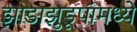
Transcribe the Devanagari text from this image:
झाडाझुडूपांमध्ये